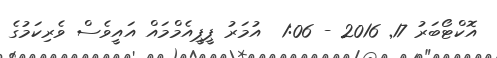
އޮކްޓޯބަރު 17